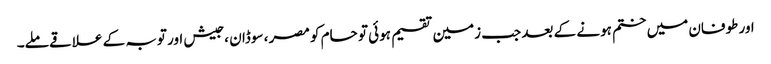
اور طوفان میں ختم ہونے کے بعد جب زمین تقسیم ہوئی تو حام کو مصر ، سوڈان ، جیش اور توبہ کے علاقے ملے۔